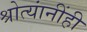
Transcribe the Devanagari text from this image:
श्रोत्यांनींही